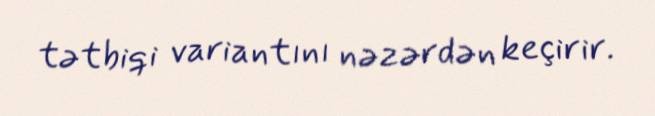
tətbiqi variantını nəzərdən keçirir.